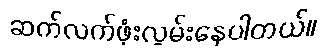
ဆက်လက်ဖုံးလွှမ်းနေပါတယ်။